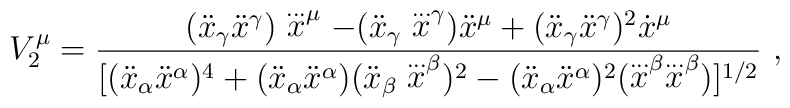
V_{2}^{\mu}=\frac{(\ddot x_{\gamma}\ddot x^{\gamma})\stackrel{...}x^{\mu}- (\ddot x_{\gamma}\stackrel{...}x^{\gamma})\ddot x^{\mu} +(\ddot x_{\gamma}\ddot x^{\gamma})^2\dot x ^{\mu}}{[(\ddot x_{\alpha}\ddot x^{\alpha})^4+(\ddot x_{\alpha}\ddot x^{\alpha})(\ddot x_{\beta}\stackrel{...}x^{\beta})^2-(\ddot x_{\alpha}\ddot x^{\alpha})^2(\stackrel{...}x^{\beta}\stackrel{...}x^{\beta})]^{1/2}}~,